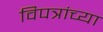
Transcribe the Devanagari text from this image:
विपत्रांच्या